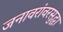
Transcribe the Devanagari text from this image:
जनावरांवरसुद्धा